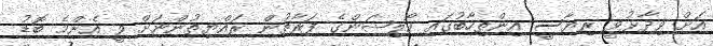
އަށް ވިދާޅުވީ ރިޔާސީ އިންތިހާބުގައި ކޯލިޝަންގެ ފަރާތުން ރައްޔިތުންނަށް ވީ އެންމެ ބޮޑު